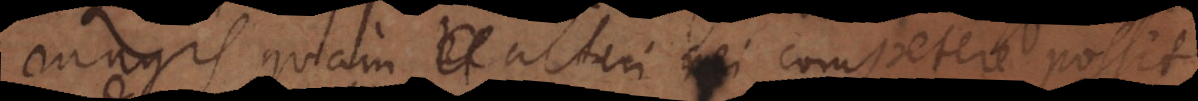
magis quam alteri rei competere possit.